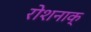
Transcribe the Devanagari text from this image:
रोशनाक्‌